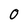
Character: 0